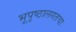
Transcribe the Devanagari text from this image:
भूपृष्ठालगतचा